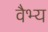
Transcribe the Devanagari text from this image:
वैभ्य